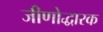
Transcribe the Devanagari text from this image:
जीणोद्धारक